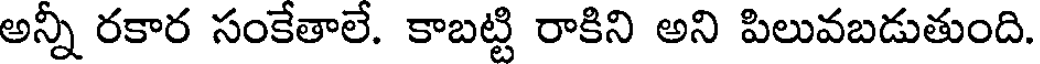
అన్నీ రకార సంకేతాలే. కాబట్టి రాకిని అని పిలువబడుతుంది.